Lunatic asylums Central Provinces reports 1886-1894 - 1886-1894
Year: 1886
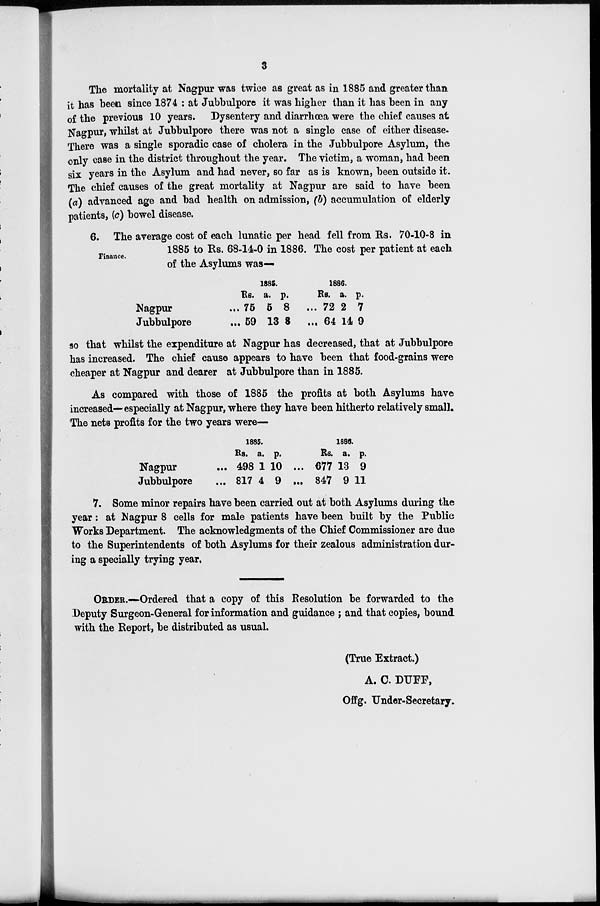
3
The mortality at Nagpur was twice as great as in 1885 and greater than
it has been since 1874 : at Jubbulpore it was higher than it has been in any
of the previous 10 years. Dysentery and diarrhœa were the chief causes at
Nagpur, whilst at Jubbulpore there was not a single case of either disease.
There was a single sporadic case of cholera in the Jubbulpore Asylum, the
only case in the district throughout the year. The victim, a woman, had been
six years in the Asylum and had never, so far as is known, been outside it.
The chief causes of the great mortality at Nagpur are said to have been
(a) advanced age and bad health on admission, (b) accumulation of elderly
patients, (c) bowel disease.
Finance.
6. The average cost of each lunatic per head fell from Rs. 70-10-8 in
1885 to Rs. 68-14-0 in 1886. The cost per patient at each
of the Asylums was—
Nagpur ...
Jubbulpore ...
1885.
Rs.
75
59
a.
5
13
p.
8 ...
8 ...
1886.
Rs.
72
64
a.
2
14
p.
7
9
so that whilst the expenditure at Nagpur has decreased, that at Jubbulpore
has increased. The chief cause appears to have been that food-grains were
cheaper at Nagpur and dearer at Jubbulpore than in 1885.
As compared with those of 1885 the profits at both Asylums have
increased—-especially at Nagpur, where they have been hitherto relatively small.
The nets profits for the two years were—
Nagpur ...
Jubbulpore ...
1885.
Rs.
498
817
a.
1
4
p.
10 ...
9
...
1886.
Rs.
677
847
a.
13
9
p.
9
11
7. Some minor repairs have been carried out at both Asylums during the
year: at Nagpur 8 cells for male patients have been built by the Public
Works Department. The acknowledgments of the Chief Commissioner are due
to the Superintendents of both Asylums for their zealous administration dur-
ing a specially trying year.
ORDER.—Ordered that a copy of this Resolution be forwarded to the
Deputy Surgeon-General for information and guidance ; and that copies, bound
with the Report, be distributed as usual.
(True Extract.)
A. C. DUFF,
Offg. Under-Secretary.